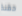
حقنة